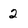
Character: 2